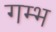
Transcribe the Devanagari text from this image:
गम्भ